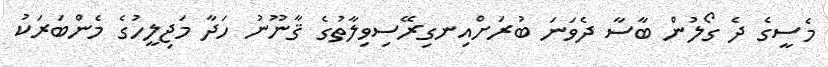
މެސީގެ ދެ ގޯލުން ބާސާ ދެވަނަ ބުރަށްއިނގިރޭސިވިލާތުގެ ޤާނޫނު ހަދާ މަޖިލީހުގެ މެންބަރަކު